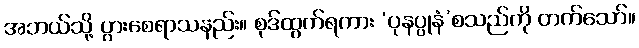
အဘယ်သို့ ပွားစေရာသနည်း။ စုဒ်ထွက်ရကား ‘ပုနပ္ပုနံ’စသည်ကို တက်သော်။